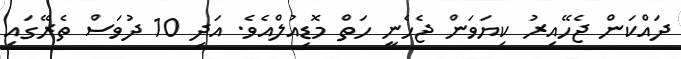
ދައްކަން ޖެހޭއިރު ކިޔަވަން ޖެހެނީ ހަތް މޮޑިއުލްއެވެ. އަދި 10 ދުވަސް ތެރޭގައި